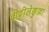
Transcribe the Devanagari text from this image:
वीट्टीलेक्कुल्ला